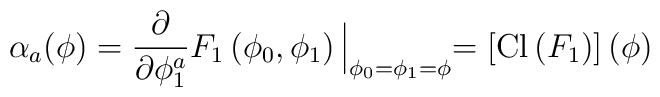
\alpha_a (\phi) = \frac{\partial}{\partial \phi_1^a}F_1 \left( \phi_0, \phi_1 \right) \Bigl|_{ \phi_0 = \phi_1 = \phi}= \left[ {\rm Cl} \left( F_1 \right) \right] (\phi) \Bigr.